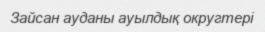
Зайсан ауданы ауылдық округтері